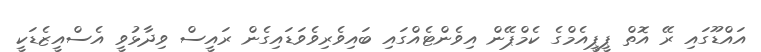
އައްޑޫގައި ރޭ އޮތް ޕީޕީއެމްގެ ކެމްޕޭން އިވެންޓެއްގައި ބައިވެރިވެވަޑައިގެން ރައީސް ވިދާޅުވީ އެސްއީޒެޑަކީ